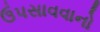
ઉપસાવવાનો